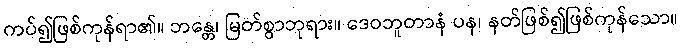
ကပ်၍ဖြစ်ကုန်ရာ၏။ ဘန္တေ၊ မြတ်စွာဘုရား။ ဒေဝဘူတာနံ ပန၊ နတ်ဖြစ်၍ဖြစ်ကုန်သော။